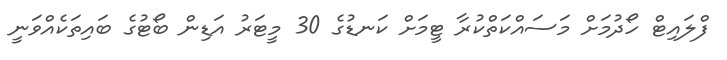
ފްލައިޓް ހޯދުމަށް މަސައްކަތްކުރާ ޓީމަށް ކަނޑުގެ 30 މީޓަރު އަޑިން ބޯޓުގެ ބައިތަކެއްވަނީ